Report on vaccination in Madras 1877-1894 - 1877-1894
Year: 1877
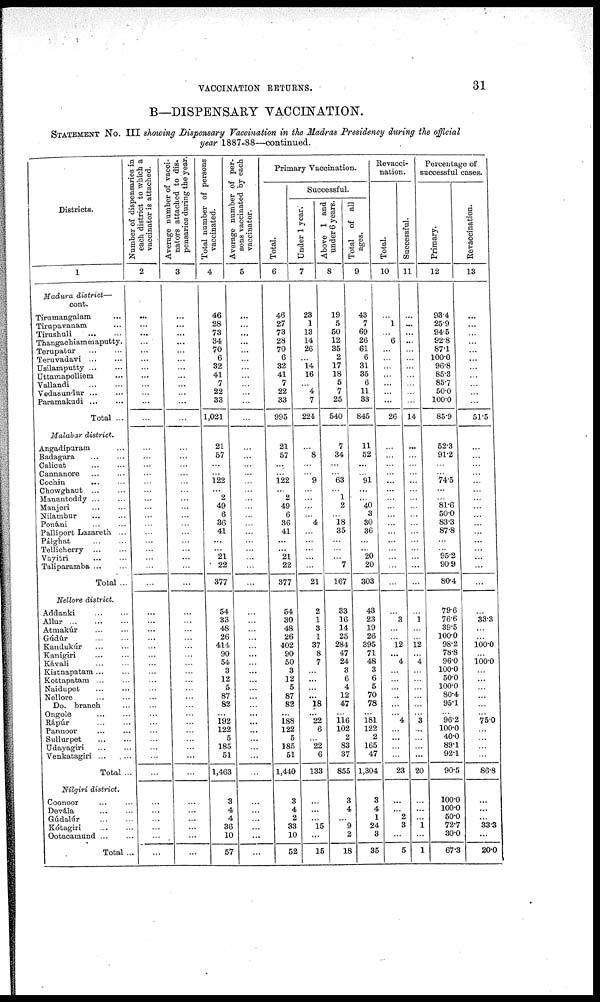
VACCINATION RETURNS.
31
B—DISPENSARY VACCINATION.
STATEMENT No. III showing Dispensary Vaccination in the Madras Presidency during the official
year 1887-88—continued.
Districts.
1
Madura district—
cont.
Tirumangalam ...
Tirapavanam ...
Tirushuli
...
...
Thangachiammaputty.
Terupatar
Teruvadavi
Usilamputty ... ...
Uttamapolliem ...
Vallandi ... ...
Vedasundur ... ...
Paramakudi
...
...
Total ...
Malabar district.
Angadipuram ...
Badagara
...
...
Calicut
...
...
Cannanore ... ...
Cochin
...
...
Chowghaut ... ...
Manantoddy ... ...
Manjeri ... ...
Nilambur
...
...
Ponani ... ...
Palliport Lazareth ...
Pálghat
...
...
Tellicherry
...
...
Vayitri
...
...
Taliparamba ... ...
Total ...
Nellore district.
Addanki
...
...
Allur
...
...
...
Atmakúr
...
...
Gúdúr
...
...
Kandukár
...
...
Kanigiri ... ...
Kavali
...
...
Kistnapatam ... ...
Kottapatam ... ...
Naidupet ... ...
Nellore ... ...
Do. branch ...
Ongole ... ...
Rápúr ... ...
Pannoor
...
...
Sullurpet
...
...
Udayagiri
...
...
Venkatagiri ... ...
Total ...
Nilgiri district.
Coonoor ... ...
Devála
...
...
Gúdalúr ... ...
Kótagiri ... ...
Ootacamund ... ...
Total ..
Number of dispensaries in
each district to which a
vaccinator is attached.
2
...
...
...
...
...
...
...
...
...
...
...
...
...
...
...
...
...
...
...
...
...
...
...
...
...
...
...
...
...
...
...
...
...
...
...
...
...
...
...
...
...
...
...
...
...
...
...
...
...
...
...
...
...
...
...
Average number of vacci¬
nators attached to dis.
pensaries during the year
3
...
...
...
...
...
...
...
...
...
...
...
...
...
...
...
...
...
...
...
...
...
...
...
...
...
...
...
...
...
...
...
...
...
...
...
...
...
...
...
...
...
...
...
...
...
...
...
...
...
...
...
...
...
...
...
Total number of persons
vaccinated.
4
46
28
73
34
70
6
32
41
7
22
33
1,021
...
21
57
...
...
122
...
2
49
6
36
41
...
...
21
22
377
...
54
33
48
26
414
90
54
3
12
5
87
82
...
192
122
5
185
51
1,463
3
4
4
36
10
57
Average number of per-
sons vaccinated by each
vaccinator.
5
...
...
...
...
...
...
...
...
...
...
...
...
...
...
...
...
...
...
...
...
...
...
...
...
...
...
...
...
...
...
...
...
...
...
...
...
...
...
...
...
...
...
...
...
...
...
...
...
...
...
...
...
...
...
...
Primary Vaccination.
Total.
6
46
27
73
28
70
6
32
41
7
22
33
995
...
21
57
...
...
122
...
2
49
6
36
41
...
...
21
22
377
...
54
30
48
26
402
90
50
3
12
5
87
82
...
188
122
5
185
51
1,440
3
4
2
33
10
52
Successful.
Under 1 year.
7
23
1
13
14
26
...
14
16
...
4
7
224
...
...
8
...
...
9
...
...
...
...
4
...
...
...
...
...
21
...
2
1
3
1
37
8
7
...
...
...
...
18
...
22
6
...
22
6
133
...
...
...
15
...
15
Above 1 and
under 6 years.
8
19
5
50
12
35
2
17
18
5
7
25
540
...
7
34
...
...
63
...
1
2
...
18
35
...
...
...
7
167
...
33
16
14
25
284
47
24
3
6
4
12
47
...
116 102
2
83
37
855
3
4
...
9
2
18
Total of all
ages.
9
43
7
69
26
61
6
31
35
6
11
33
845
...
11
52
...
...
91
...
...
40
3
30
36
...
...
20
20
303
...
43
23
19
26
395
71
48
3
6
5
70
78
...
181
122
2
165
47
1,304
3
4
1
24
3
35
Revacci¬
nation.
Total.
10
...
1
...
6
...
...
...
...
...
...
...
26
...
...
...
...
...
...
...
...
...
...
...
...
...
...
...
...
...
...
...
3
...
...
12
...
4
...
...
...
...
...
...
4
...
...
...
...
23
...
...
2
3
...
5
Successful.
11
...
...
...
...
...
...
...
...
...
...
...
14
...
...
...
...
...
...
...
...
...
...
...
...
...
...
...
...
...
...
...
1
...
...
12
...
4
...
...
...
...
...
...
3
...
...
...
...
20
...
...
...
1
...
1
Percentage of
successful cases.
Primary.
12
93.4
25.9
94.5
92.8
87.1
100.0
96.8
85.3
85.7
50.0
100.0
85.9
...
52.3
91.2
...
...
74.5
...
...
81.6
50.0
83.3
87.8
...
...
95.2
90.9
80.4
...
79.6
76.6
39.5
100.0
98.2
78.8
96.0
100.0
50.0
100.0
80.4
95.1
...
96.2
100.0
40.0
89.1
92.1
90.5
100.0
100.0
50.0
72.7
30.0
67.3
Revaccination.
13
...
...
...
...
...
...
...
...
...
...
...
51.5
...
...
...
...
...
...
...
...
...
...
...
...
...
...
...
...
...
...
...
33.3
...
...
100.0
...
100.0
...
...
...
...
...
...
75.0
...
...
...
...
86.8
...
...
...
33.3
...
20.0